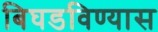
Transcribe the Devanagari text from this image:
बिघडविण्यास